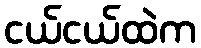
ငယ်ငယ်ထဲက